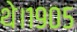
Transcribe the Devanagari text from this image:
थे।१९०५